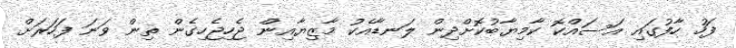
ފަހު ހާފުގައި އަސައްކޮ ކާމިޔާބުކޮށްދިން ލަނޑާއެކު މާޒިޔާއިން ޖެހިޖެހިގެން ތިން ވަނަ ފަހަރަށް